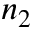
n _ { 2 }